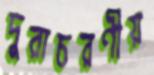
দুরাচরণীয়